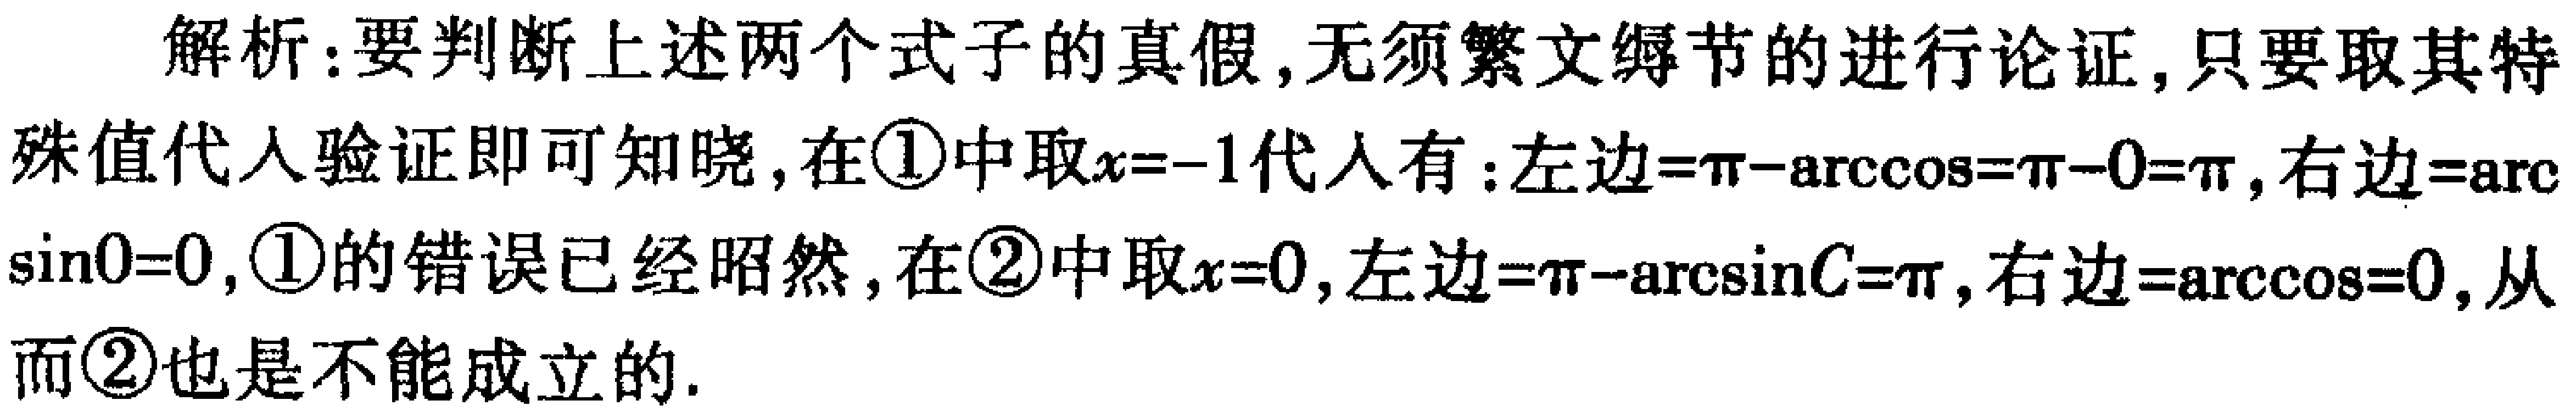
解析：要判断上述两个式子的真假, 无须繁文缛节的进行论证, 只要取其特殊值代入验证即可知晓, 在\textcircled{1}中取\(x = - 1\)代入有：左边\(=\pi-\arccos=\pi - 0=\pi\), 右边\(=\arcsin0 = 0\), \textcircled{1}的错误已经昭然, 在\textcircled{2}中取\(x = 0\), 左边\(=\pi-\arcsin C=\pi\), 右边\(=\arccos=0\), 从而\textcircled{2}也是不能成立的.